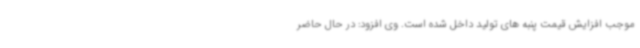
موجب افزایش قیمت پنبه های تولید داخل شده است. وی افزود: در حال حاضر